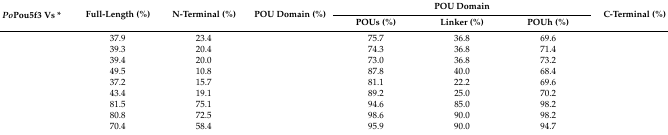
<table><thead><tr><td rowspan="2"><b><i>Po</i>Pou5f3 Vs *</b></td><td rowspan="2"><b>Full-Length (%)</b></td><td rowspan="2"><b>N-Terminal (%)</b></td><td rowspan="2"><b>POU Domain (%)</b></td><td colspan="3"><b>POU Domain</b></td><td rowspan="2"><b>C-Terminal (%)</b></td></tr><tr><td><b>POUs (%)</b></td><td><b>Linker (%)</b></td><td><b>POUh (%)</b></td></tr></thead><tbody><tr><td>[EMPTY_CELL]</td><td>37.9</td><td>23.4</td><td>[EMPTY_CELL]</td><td>75.7</td><td>36.8</td><td>69.6</td><td>[EMPTY_CELL]</td></tr><tr><td>[EMPTY_CELL]</td><td>39.3</td><td>20.4</td><td>[EMPTY_CELL]</td><td>74.3</td><td>36.8</td><td>71.4</td><td>[EMPTY_CELL]</td></tr><tr><td>[EMPTY_CELL]</td><td>39.4</td><td>20.0</td><td>[EMPTY_CELL]</td><td>73.0</td><td>36.8</td><td>73.2</td><td>[EMPTY_CELL]</td></tr><tr><td>[EMPTY_CELL]</td><td>49.5</td><td>10.8</td><td>[EMPTY_CELL]</td><td>87.8</td><td>40.0</td><td>68.4</td><td>[EMPTY_CELL]</td></tr><tr><td>[EMPTY_CELL]</td><td>37.2</td><td>15.7</td><td>[EMPTY_CELL]</td><td>81.1</td><td>22.2</td><td>69.6</td><td>[EMPTY_CELL]</td></tr><tr><td>[EMPTY_CELL]</td><td>43.4</td><td>19.1</td><td>[EMPTY_CELL]</td><td>89.2</td><td>25.0</td><td>70.2</td><td>[EMPTY_CELL]</td></tr><tr><td>[EMPTY_CELL]</td><td>81.5</td><td>75.1</td><td>[EMPTY_CELL]</td><td>94.6</td><td>85.0</td><td>98.2</td><td>[EMPTY_CELL]</td></tr><tr><td>[EMPTY_CELL]</td><td>80.8</td><td>72.5</td><td>[EMPTY_CELL]</td><td>98.6</td><td>90.0</td><td>98.2</td><td>[EMPTY_CELL]</td></tr><tr><td>[EMPTY_CELL]</td><td>70.4</td><td>58.4</td><td>[EMPTY_CELL]</td><td>95.9</td><td>90.0</td><td>94.7</td><td>[EMPTY_CELL]</td></tr></tbody></table>